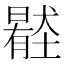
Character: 𡒦